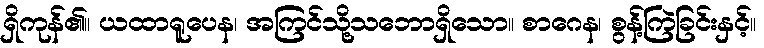
ရှိကုန်၏။ ယထာရူပေန၊ အကြင်သို့သဘောရှိသော။ စာဂေန၊ စွန့်ကြဲခြင်းနှင့်။